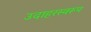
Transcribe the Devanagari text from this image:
उदाहरस्वरूप